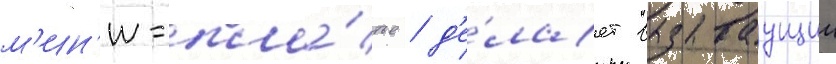
м'ин'и-пла́тье / д'е́лает вызываущии